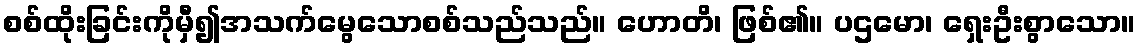
စစ်ထိုးခြင်းကိုမှီ၍အသက်မွေသောစစ်သည်သည်။ ဟောတိ၊ ဖြစ်၏။ ပဌမော၊ ရှေးဦးစွာသော။